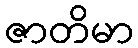
ဇာတိမာ